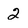
Character: 2